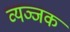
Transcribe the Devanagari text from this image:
व्यञ्जक